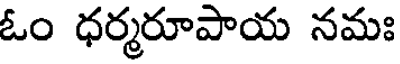
ఓం ధర్మరూపాయ నమః